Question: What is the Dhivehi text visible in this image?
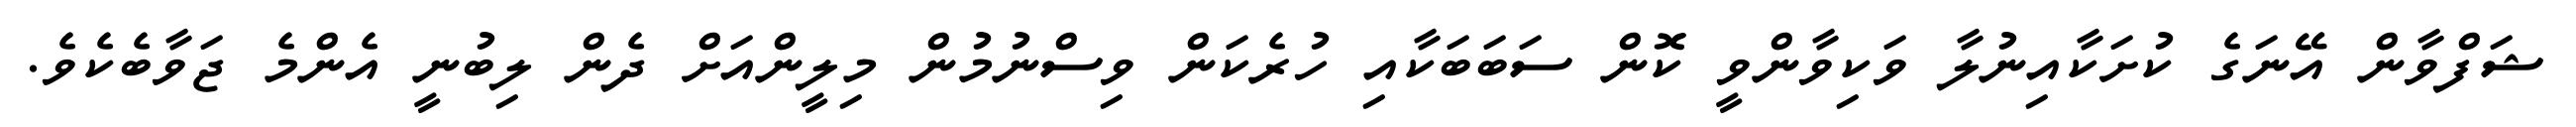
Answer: ޝަފްވާން އޭނަގެ ކުށަކާއިނުލާ ވަކިވާންވީ ކޮން ސަބަބަކާއި ހުރެކަން ވިސްނުމުން މިލީންއަށް ދެން ލިބުނީ އެންމެ ޖަވާބެކެވެ.